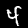
Label: 4